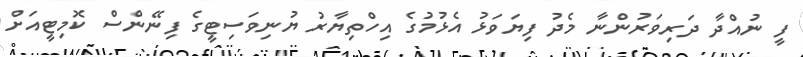
ފީ ނުއްދާ ދަރިވަރުންނާ މެދު ފިޔަވަޅު އެޅުމުގެ އިހްތިޔާރު ޔުނިވަސިޓީގެ ފިނޭންސް ކޮމިޓީއަށް